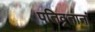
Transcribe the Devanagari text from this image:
पतिव्रतानां